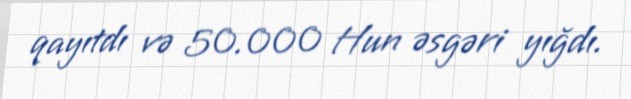
qayıtdı və 50.000 Hun əsgəri yığdı.